Leaving Certificate Examination (including Day School Certificate (Higher) General paper), 1932
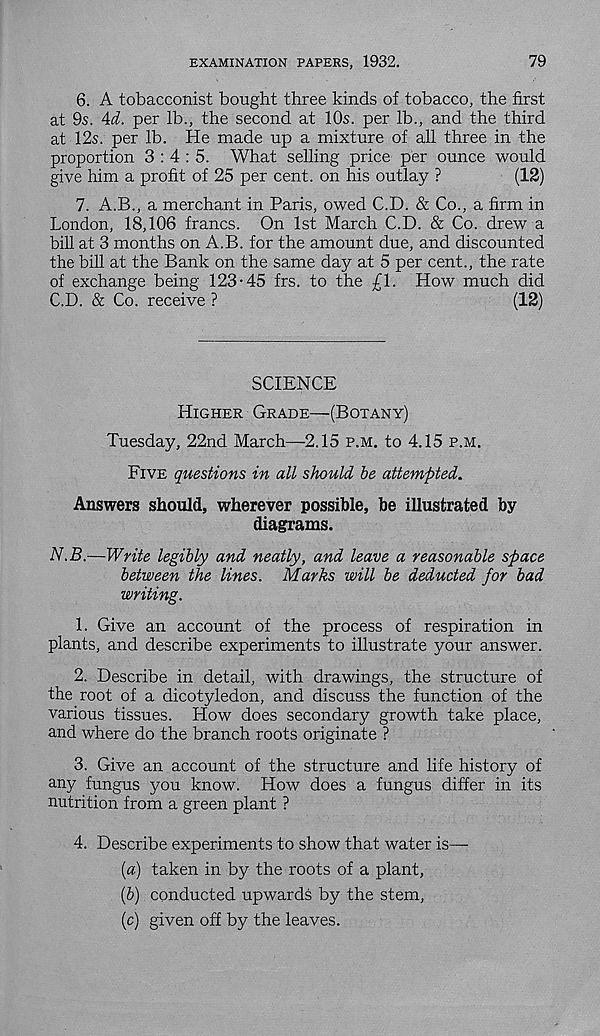
EXAMINATION PAPERS, 1932.
79
6. A tobacconist bought three kinds of tobacco, the first
at 9s. 4(f. per lb., the second at 10s. per lb., and the third
at 12s. per lb. He made up a mixture of all three in the
proportion 3:4:5. What selling price per ounce would
give him a profit of 25 per cent, on his outlay ?
(12)
7. A.B., a merchant in Paris, owed C.D. & Co., a firm in
London, 18,106 francs. On 1st March C.D. & Co. drew a
bill at 3 months on A.B. for the amount due, and discounted
the bill at the Bank on the same day at 5 per cent., the rate
of exchange being 123-45 frs. to the £1. How much did
C.D. & Co. receive ?
(12)
SCIENCE
Higher Grade—(Botany)
Tuesday, 22nd March—2.15 p.m. to 4.15 p.m.
Five questions in all should he attempted.
Answers should, wherever possible, be illustrated by
diagrams.
N.B.—Write legibly and neatly, and leave a reasonable space
between the lines. Marks will be deducted for bad
writing.
1. Give an account of the process of respiration in
plants, and describe experiments to illustrate your answer.
2. Describe in detail, with drawings, the structure of
the root of a dicotyledon, and discuss the function of the
various tissues. How does secondary growth take place,
and where do the branch roots originate ?
3. Give an account of the structure and life history of
any fungus you know. How does a fungus differ in its
nutrition from a green plant ?
4. Describe experiments to show that water is—
{a) taken in by the roots of a plant,
(5) conducted upwards by the stem,
(c) given off by the leaves.